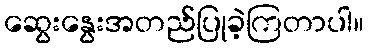
ဆွေးနွေးအတည်ပြုခဲ့ကြတာပါ။